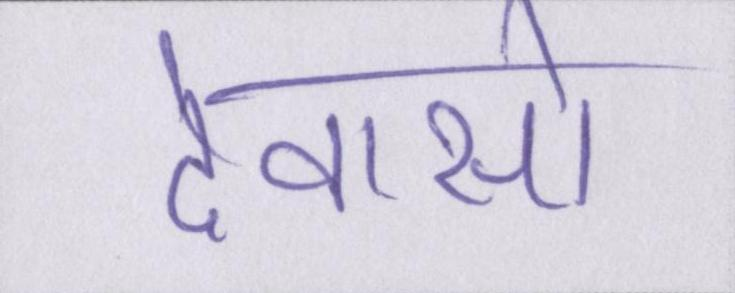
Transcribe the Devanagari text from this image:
देवासो